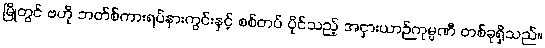
မြို့တွင် ဗဟို ဘတ်စ်ကားရပ်နားကွင်းနှင့် စစ်တပ် ပိုင်သည့် အငှားယာဉ်ကုမ္ပဏီ တစ်ခုရှိသည်။